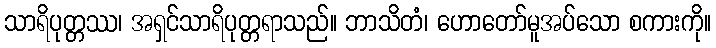
သာရိပုတ္တဿ၊ အရှင်သာရိပုတ္တရာသည်။ ဘာသိတံ၊ ဟောတော်မူအပ်သော စကားကို။